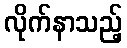
လိုက်နာသည့်